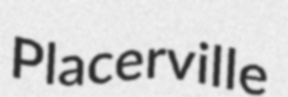
Placerville